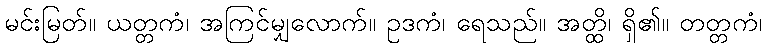
မင်းမြတ်။ ယတ္တကံ၊ အကြင်မျှလောက်။ ဥဒကံ၊ ရေသည်။ အတ္ထိ၊ ရှိ၏။ တတ္တကံ၊